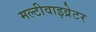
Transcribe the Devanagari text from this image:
मल्टीवाइव्रेटर